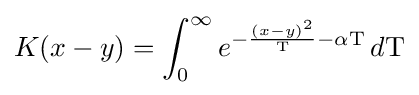
K(x-y)=\int _{0}^{\infty }e^{-{\frac {(x-y)^{2}}{\mathrm {T} }}-\alpha \mathrm {T} }\,d\mathrm {T}